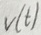
Text: V(t)